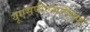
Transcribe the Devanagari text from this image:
यूएसपीएसटीएफ